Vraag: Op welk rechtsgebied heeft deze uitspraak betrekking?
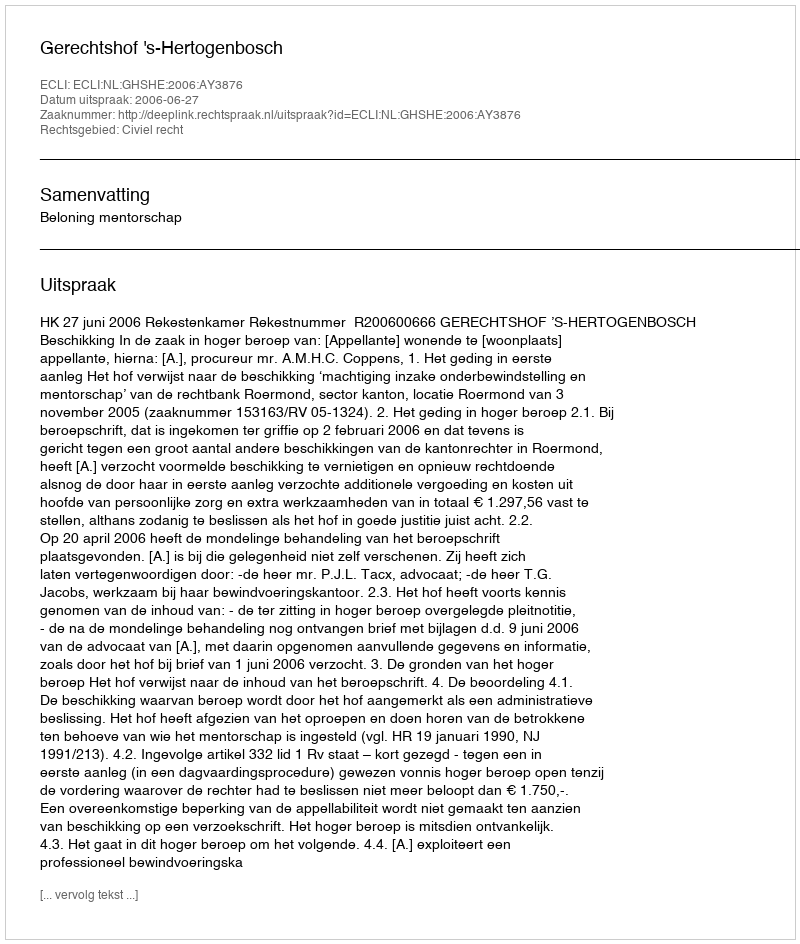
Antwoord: Civiel recht